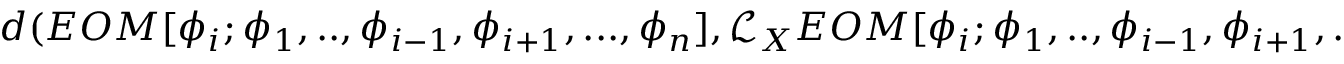
d ( E O M [ \phi _ { i } ; \phi _ { 1 } , . . , \phi _ { i - 1 } , \phi _ { i + 1 } , . . . , \phi _ { n } ] , \mathcal { L } _ { X } E O M [ \phi _ { i } ; \phi _ { 1 } , . . , \phi _ { i - 1 } , \phi _ { i + 1 } , . . . , \phi _ { n } ] ; h , k )